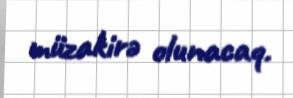
müzakirə olunacaq.